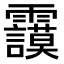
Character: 𩇅